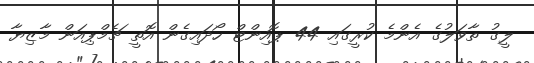
ލީގު ތާވަލުގެ އެންމެ ކުރީގައި 44 ޕޮއިންޓް ހޯދައިގެން އޮތީ ޗެމްޕިއަން މާޒިޔާ